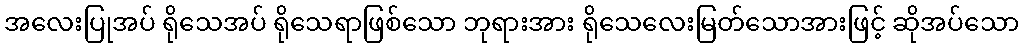
အလေးပြုအပ် ရိုသေအပ် ရိုသေရာဖြစ်သော ဘုရားအား ရိုသေလေးမြတ်သောအားဖြင့် ဆိုအပ်သော